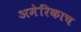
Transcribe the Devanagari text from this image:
अमेरिकाच